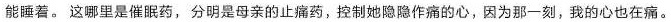
能睡着。这哪里是催眠药，分明是母亲的止痛药，控制她隐隐作痛的心，因为那一刻，我的心也在痛。